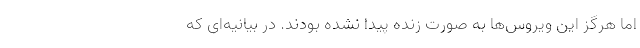
اما هرگز این ویروس‌ها به صورت زنده پیدا نشده بودند. در بیانیه‌ای که